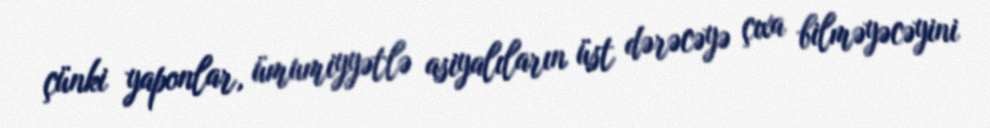
çünki yaponlar, ümumiyyətlə asiyalıların üst dərəcəyə çıxa bilməyəcəyini